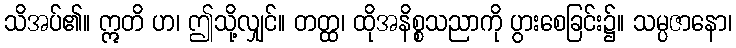
သိအပ်၏။ ဣတိ ဟ၊ ဤသို့လျှင်။ တတ္ထ၊ ထိုအနိစ္စသညာကို ပွားစေခြင်း၌။ သမ္ပဇာနော၊